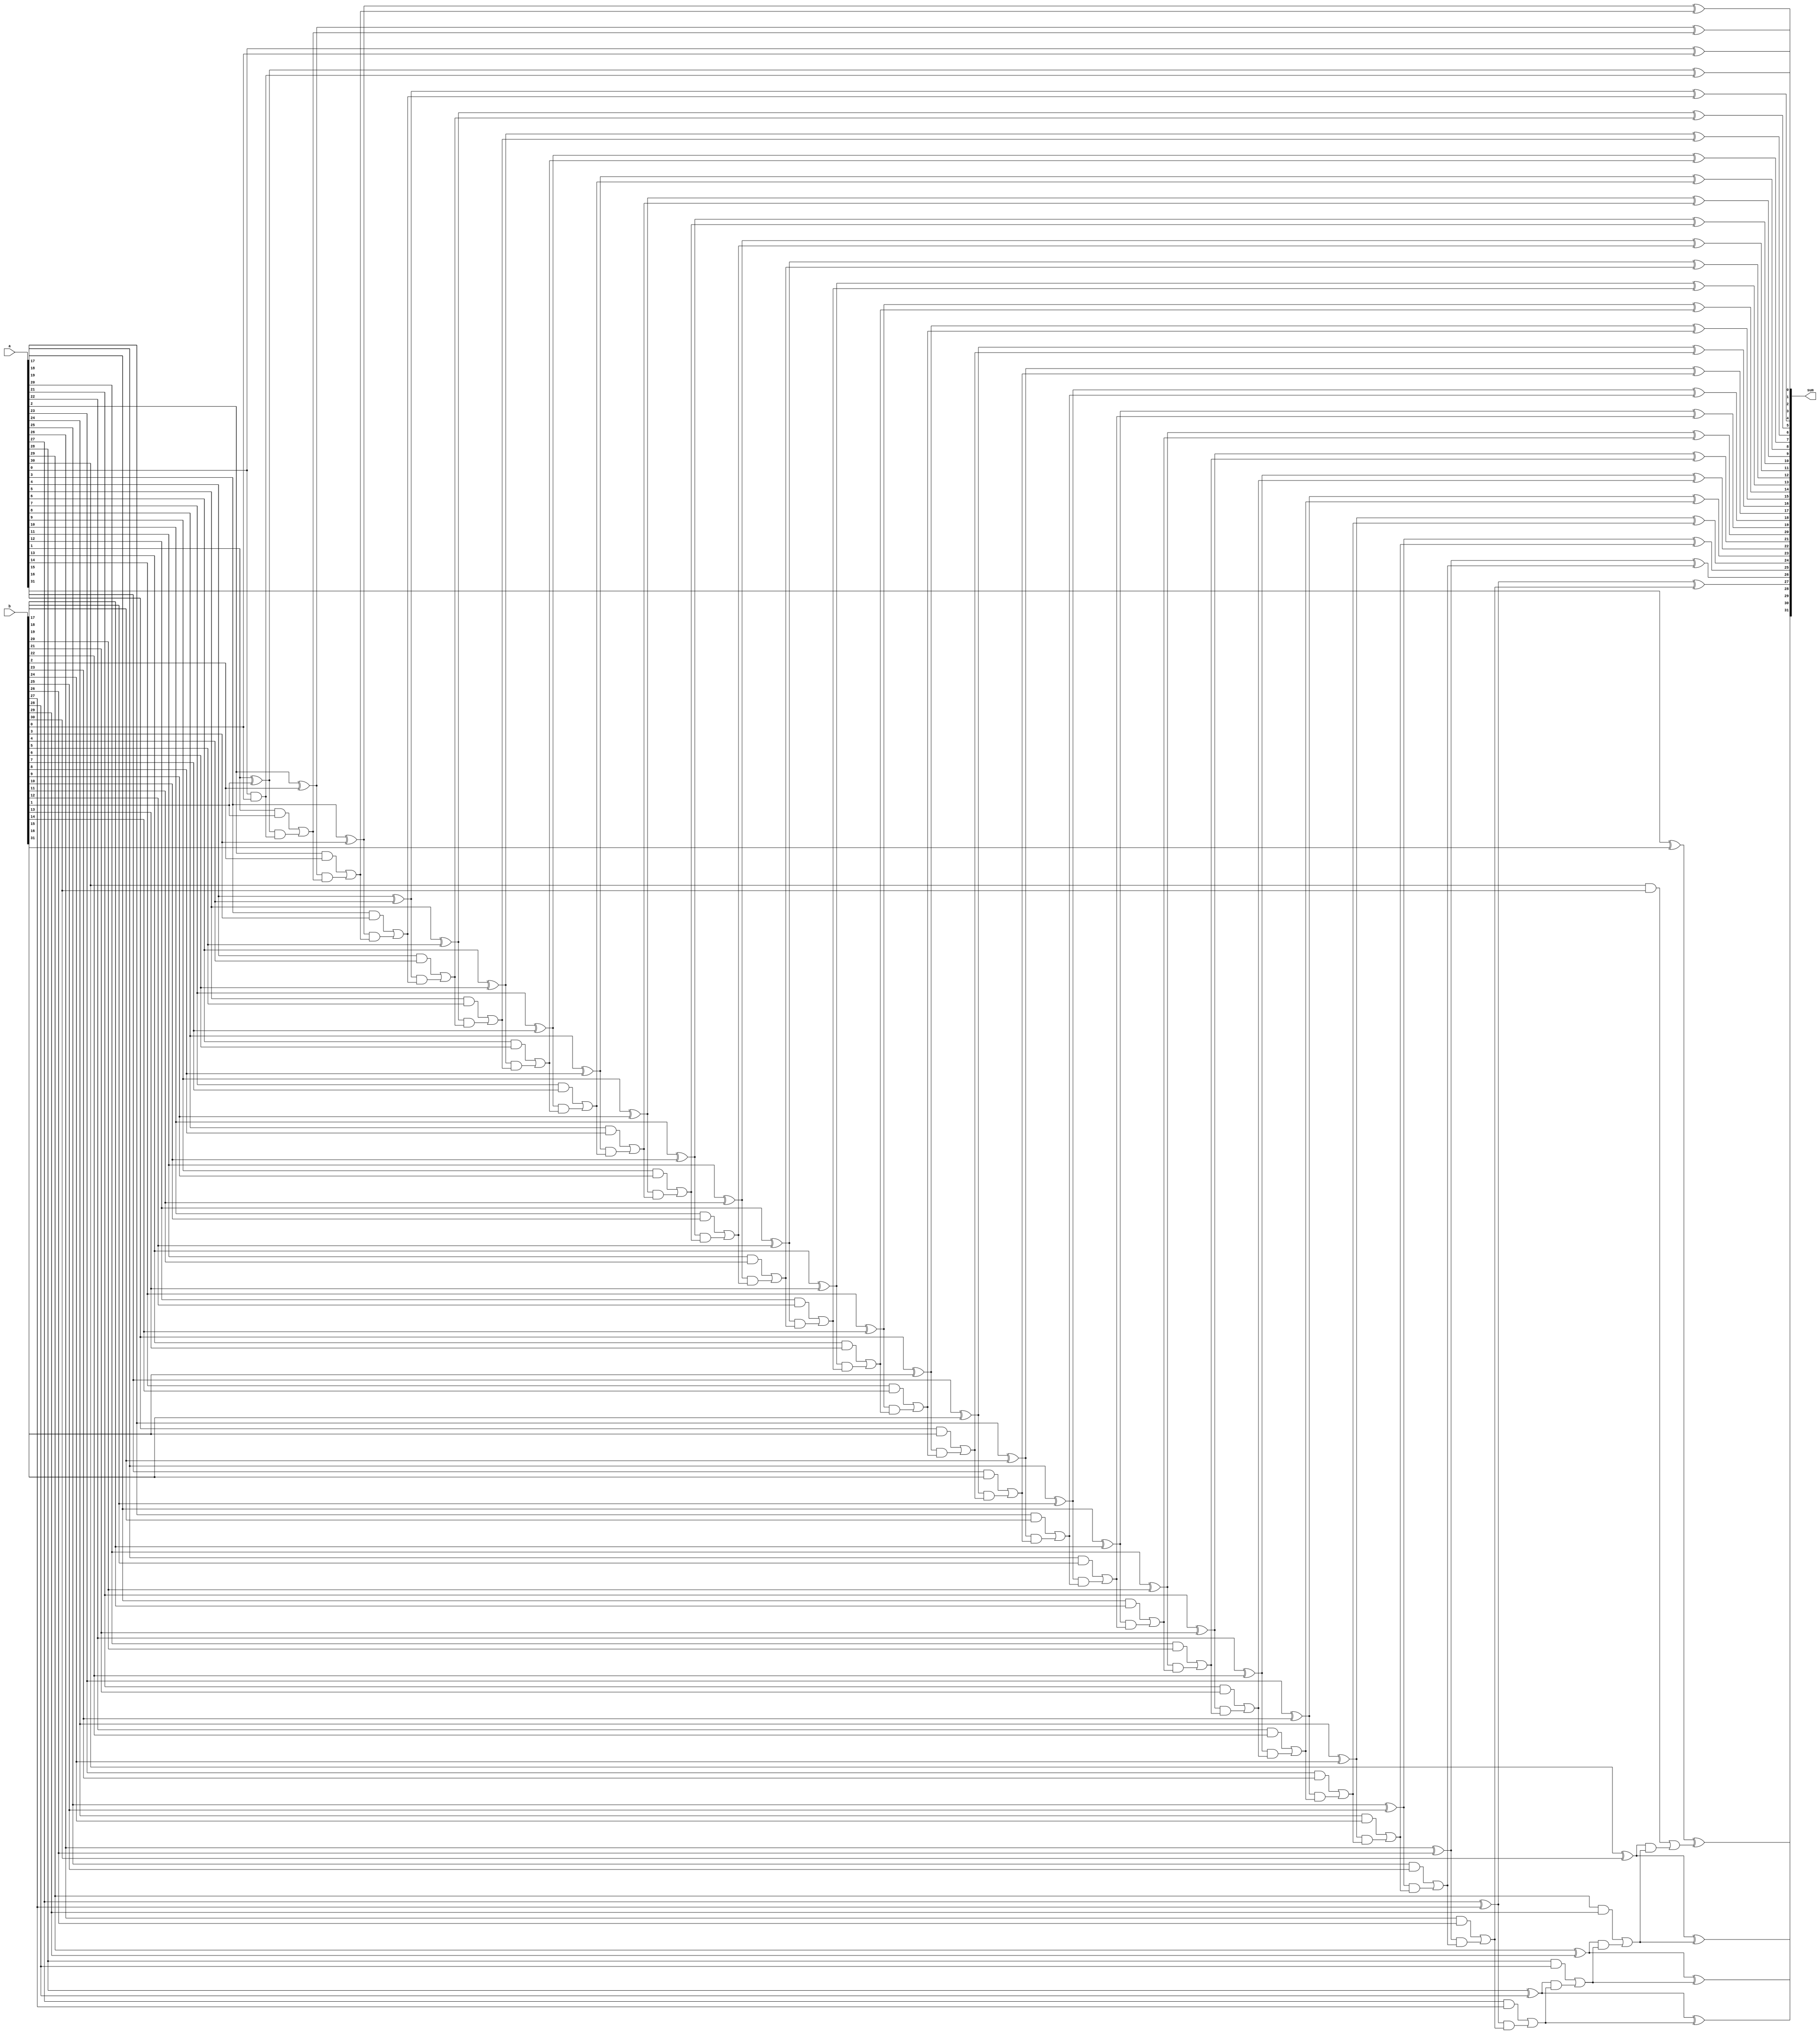
`timescale 1ns/1ps

module add 
#(parameter N = 32)(
    input [N-1:0] a, b,
    //input sw,
    output[N-1:0] sum
    //output cout,
    //output overflow
);
    wire [N-1:0] G, P;
    wire [N:0] c;
    wire [N-1:0] b_xor;
    wire sw = 0;
    //assign c[0] = sw;

    genvar i;
    generate
        for(i=0; i<N; i=i+1) begin
            assign b_xor[i] = sw ^ b[i];
            assign G[i] = a[i] & b_xor[i];
            assign P[i] = a[i] ^ b_xor[i];
            //carry
            assign c[0] = sw;
            assign c[i+1] = G[i] | P[i] & c[i];
            //assign cout = c[N];
            //sum
            assign sum[i] = P[i] ^ c[i];
        end
    endgenerate
    //assign overflow = c[N] ^ c[N-1];
endmodule